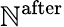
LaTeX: \mathbb{N}^{\mathrm{{after}}}